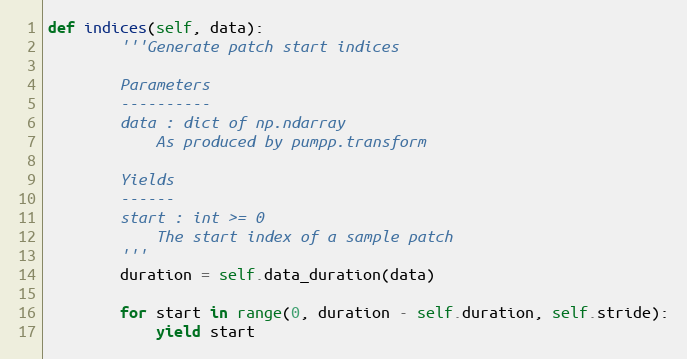
Language: Python
def indices(self, data):
        '''Generate patch start indices

        Parameters
        ----------
        data : dict of np.ndarray
            As produced by pumpp.transform

        Yields
        ------
        start : int >= 0
            The start index of a sample patch
        '''
        duration = self.data_duration(data)

        for start in range(0, duration - self.duration, self.stride):
            yield start